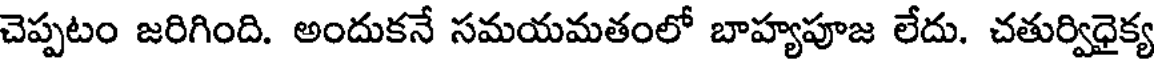
చెప్పటం జరిగింది. అందుకనే సమయమతంలో బాహ్యపూజ లేదు. చతుర్విధైక్య